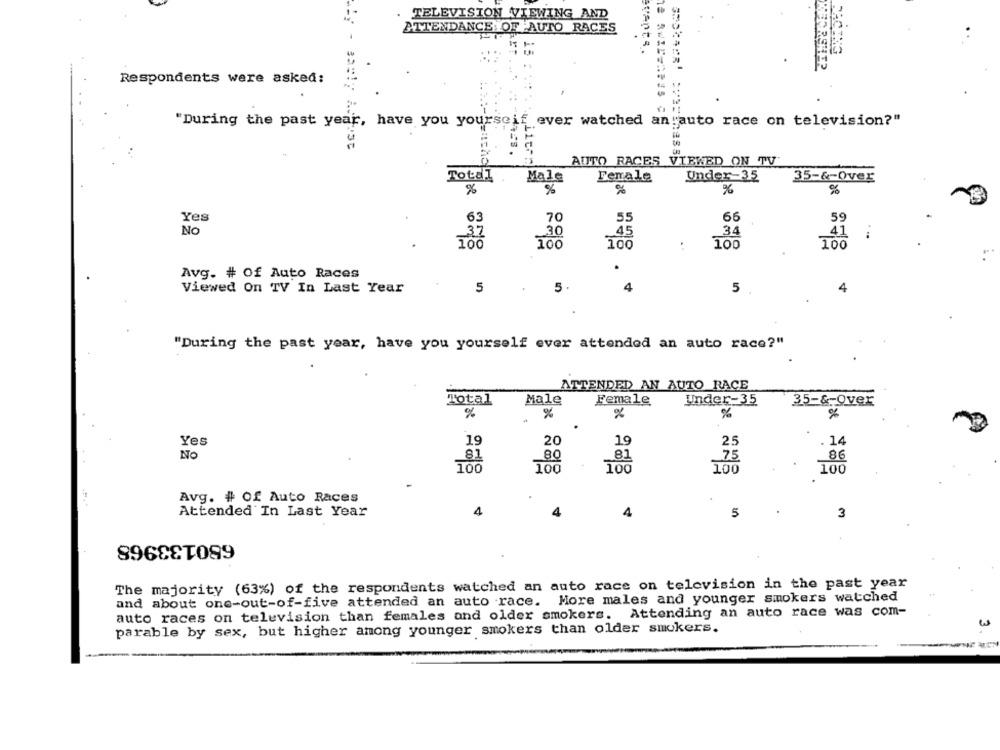
TELEVISION VIEWING AND
BITENDANCE. OF -AUTO RACES
events.
15
Respondents were asked:
"During the past year, have you yourseif ever watched an auto race on television?"
AUTO RACES VIEWED ON TV
Totdl
Male
Female
Under-35
35-&-Over
%
%
%
%
Yes
70
55
66
59
63
No
37
.30
45
34
41
100
100
100
100
Avg. # Of Auto Races
Viewed On TV In Last Year
5
5 .
4
5
4
"During the past year, have you yourself ever attended an auto race?"
ATTENDED AN AUTO RACE
Total
Male
Female
Under-35
35-&-Over
%
%
%
Yes
19
20
19
14
25
No
81
80
75
86
_81
100
100
100
100
100
Avg. # Of Auto Races
4
Attended In Last Year
4
4
5
3
680133968
The majority (63%) of the respondents watched an auto race on television in the past year
More males and younger smokers watched
and about one-out-of-five attended an auto race.
auto races on television than females and older smokers. Attending an auto race was com-
parable by sex, but higher among younger smokers than older smokers.